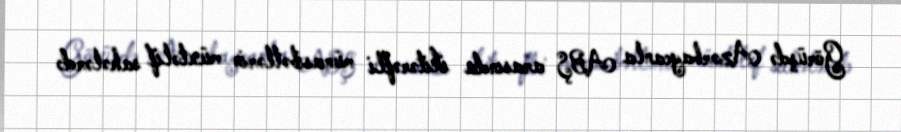
Görüşdə Azərbaycanla ABŞ arasında ikitərəfli münasibətlərin müxtəlif sahələrdə